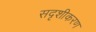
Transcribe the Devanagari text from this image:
सदृशीकरण